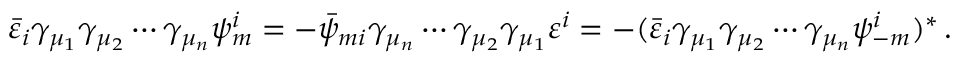
\bar { \varepsilon } _ { i } \gamma _ { \mu _ { 1 } } \gamma _ { \mu _ { 2 } } \cdots \gamma _ { \mu _ { n } } \psi _ { m } ^ { i } = - \bar { \psi } _ { m i } \gamma _ { \mu _ { n } } \cdots \gamma _ { \mu _ { 2 } } \gamma _ { \mu _ { 1 } } \varepsilon ^ { i } = - ( \bar { \varepsilon } _ { i } \gamma _ { \mu _ { 1 } } \gamma _ { \mu _ { 2 } } \cdots \gamma _ { \mu _ { n } } \psi _ { - m } ^ { i } ) ^ { * } \, .